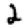
Digit: 2